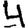
Digit: 4